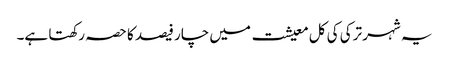
یہ شہر ترکی کی کل معیشت میں چار فیصد کا حصہ رکھتا ہے۔